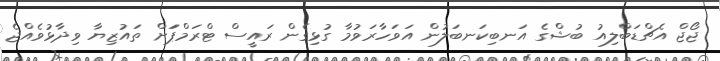
ޖޯޖް އެޗްޑަބްލިއު ބުޝްގެ އަނބިކަނބަލުން އަވަހާރަވުމާ ގުޅިގެން ރައީސް ޓްރަމްޕަަށް ތައުޒިޔާ ވިދާޅުވެއްޖެ